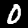
Digit: 0